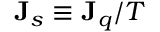
\mathbf { J } _ { s } \equiv \mathbf { J } _ { q } / T